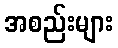
အစည်းများ